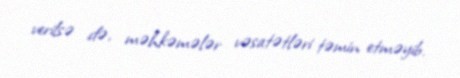
verilsə də, məhkəmələr vəsatətləri təmin etməyib.